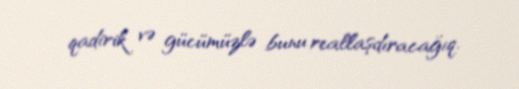
qadirik və gücümüzlə bunu reallaşdıracağıq.